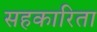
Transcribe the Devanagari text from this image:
सहकारिता